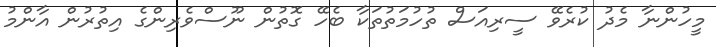
މީހުންނާ މެދު ކުރެވޭ ސީރިއަސް ތުހުމަތުތަކާ ބެހޭ ގޮތުން ނޫސްވެރިންގެ އިތުރުން އާންމު